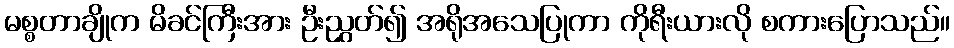
မစ္စတာချိုက မိခင်ကြီးအား ဦးညွှတ်၍ အရိုအသေပြုကာ ကိုရီးယားလို စကားပြောသည်။